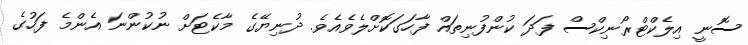
ސޮނީ އިލެކްޓްރޯނިކްސް ފަދަ ކުންފުނިތައް ފާހަގަކޮށްލެވެއެވެ. ދުނިޔޭގެ މާކެޓަށް ނުކުންނަ އެންމެ ފަހުގެ